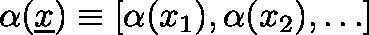
\mathbf { \alpha } ( \underline { { x } } ) \equiv [ \alpha ( x _ { 1 } ) , \alpha ( x _ { 2 } ) , \ldots ]